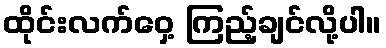
ထိုင်းလက်ဝှေ့ ကြည့်ချင်လို့ပါ။